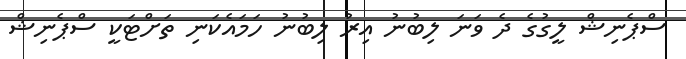
ސްޕެނިޝް ލީގުގެ ދެ ވަނަ ލިބުނު އިރު ލިބުނު ހަމައެކަނި ތަށްޓަކީ ސްޕެނިޝް